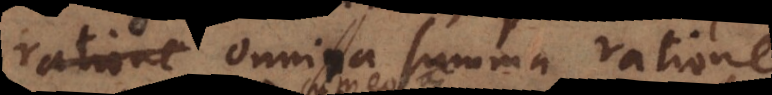
ratione omnia summa ratione